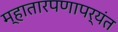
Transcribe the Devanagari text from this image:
म्हातारपणापर्यंत